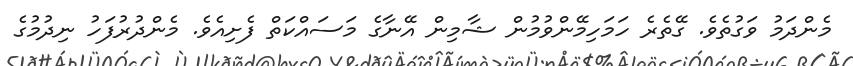
މެންދަމު ވަގުތެވެ. ގޭތެރެ ހަމަހިމޭންވުމުން ޝާމިން އޭނާގެ މަސައްކަތް ފެށިއެވެ. މެންދުރުފަހު ނިދުމުގެ